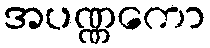
အပဏ္ဏကော